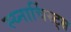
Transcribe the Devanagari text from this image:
स्य्नार्चिस्ट्स